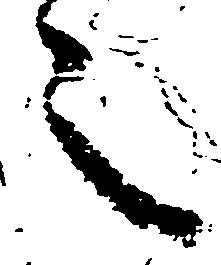
令